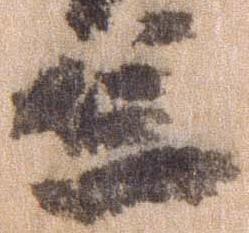
笠